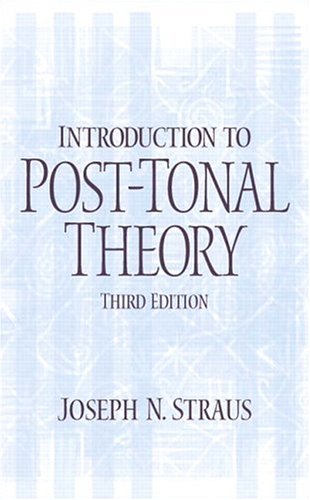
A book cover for Introduction to Post-Tonal Theory (3rd Edition); Joseph N. Straus; Science & Math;